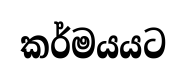
කර්මයයට